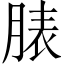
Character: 脿